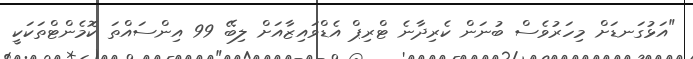
"އަޅުގަނޑަށް މިހަރުވެސް ބުނަން ކެރިދާނެ ޓްރިޕް އެޑްވައިޒާއަށް ލިބޭ 99 އިންސައްތަ ކޮމެންޓްތަކަކީ